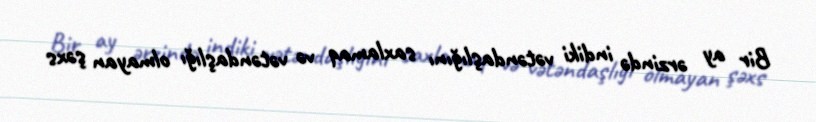
Bir ay ərzində indiki vətəndaşlığını saxlamaq və vətəndaşlığı olmayan şəxs